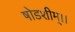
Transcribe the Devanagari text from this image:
षोडशीम्।।